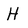
Character: H